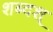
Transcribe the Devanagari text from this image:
शब्दश्